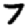
Digit: 7